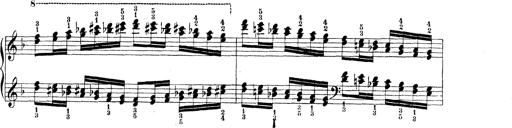
Title: Technische Studien
Composer: Franz Liszt